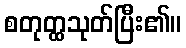
စတုတ္ထသုတ်ပြီး၏။